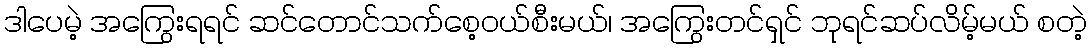
ဒါပေမဲ့ အကြွေးရရင် ဆင်တောင်သက်စေ့ဝယ်စီးမယ်၊ အကြွေးတင်ရှင် ဘုရင်ဆပ်လိမ့်မယ် စတဲ့